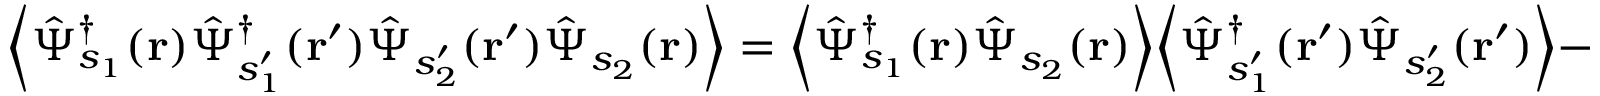
\biggl \langle \hat { \Psi } _ { s _ { 1 } } ^ { \dagger } ( \mathbf { r } ) \hat { \Psi } _ { s _ { 1 } ^ { \prime } } ^ { \dagger } ( \mathbf { r ^ { \prime } } ) \hat { \Psi } _ { s _ { 2 } ^ { \prime } } ( \mathbf { r ^ { \prime } } ) \hat { \Psi } _ { s _ { 2 } } ( \mathbf { r } ) \biggr \rangle = \biggl \langle \hat { \Psi } _ { s _ { 1 } } ^ { \dagger } ( \mathbf { r } ) \hat { \Psi } _ { s _ { 2 } } ( \mathbf { r } ) \biggr \rangle \biggl \langle \hat { \Psi } _ { s _ { 1 } ^ { \prime } } ^ { \dagger } ( \mathbf { r ^ { \prime } } ) \hat { \Psi } _ { s _ { 2 } ^ { \prime } } ( \mathbf { r ^ { \prime } } ) \biggr \rangle -